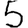
Digit: 5